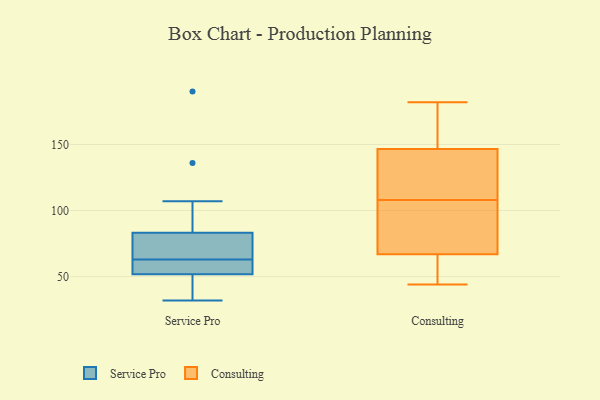
{"axis": {"x": "LTV (USD)", "y": "Value"}, "legend": ["Consulting", "Service Pro"], "data": [{"x": "", "y": 54, "type": "Service Pro"}, {"x": "", "y": 61, "type": "Service Pro"}, {"x": "", "y": 50, "type": "Service Pro"}, {"x": "", "y": 79, "type": "Service Pro"}, {"x": "", "y": 80, "type": "Service Pro"}, {"x": "", "y": 136, "type": "Service Pro"}, {"x": "", "y": 63, "type": "Service Pro"}, {"x": "", "y": 190, "type": "Service Pro"}, {"x": "", "y": 81, "type": "Service Pro"}, {"x": "", "y": 84, "type": "Service Pro"}, {"x": "", "y": 54, "type": "Service Pro"}, {"x": "", "y": 51, "type": "Service Pro"}, {"x": "", "y": 32, "type": "Service Pro"}, {"x": "", "y": 107, "type": "Service Pro"}, {"x": "", "y": 33, "type": "Service Pro"}, {"x": "", "y": 54, "type": "Consulting"}, {"x": "", "y": 163, "type": "Consulting"}, {"x": "", "y": 146, "type": "Consulting"}, {"x": "", "y": 82, "type": "Consulting"}, {"x": "", "y": 87, "type": "Consulting"}, {"x": "", "y": 108, "type": "Consulting"}, {"x": "", "y": 182, "type": "Consulting"}, {"x": "", "y": 148, "type": "Consulting"}, {"x": "", "y": 44, "type": "Consulting"}, {"x": "", "y": 111, "type": "Consulting"}, {"x": "", "y": 55, "type": "Consulting"}, {"x": "", "y": 71, "type": "Consulting"}, {"x": "", "y": 123, "type": "Consulting"}]}